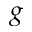
g